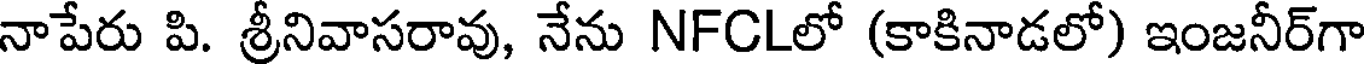
నాపేరు పి. శ్రీనివాసరావు, నేను NFCLలో (కాకినాడలో) ఇంజనీర్గా